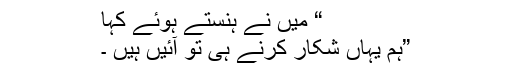
“ میں نے ہنستے ہوئے کہا
”ہم یہاں شکار کرنے ہی تو آئیں ہیں ۔